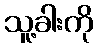
သူ့ခါးကို